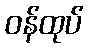
ဝန်ထုပ်